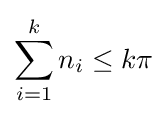
\sum _{i=1}^{k}n_{i}\leq k\pi